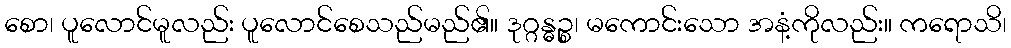
စော၊ ပူလောင်မူလည်း ပူလောင်စေသည်မည်၏။ ဒုဂ္ဂန္ဓဉ္စ၊ မကောင်းသော အနံ့ကိုလည်း။ ကရောသိ၊